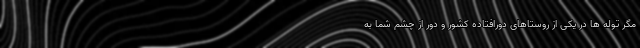
مگر توله ها در یکی از روستاهای دورافتاده کشور و دور از چشم شما به